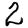
Digit: 2